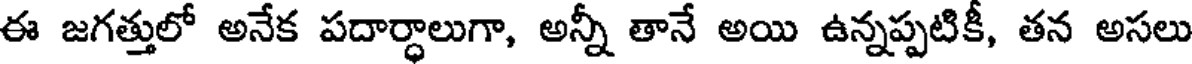
ఈ జగత్తులో అనేక పదార్ధాలుగా, అన్నీ తానే అయి ఉన్నప్పటికీ, తన అసలు